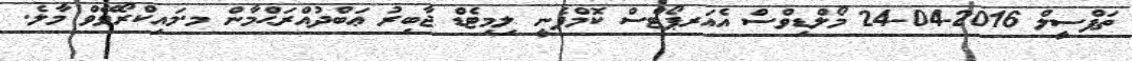
ތަފްސީލް 2016-04-24 މޯލްޑިވްސް އެއަރޕޯޓްސް ކޮމްޕެނީ ލިމިޓެޑް ޖާބިރު ޢަބްދުއްރަޙްމާން މ.މައިކްރޯވޭވް މާލެ.